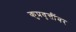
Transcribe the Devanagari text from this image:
कुप्रवृत्तींवर